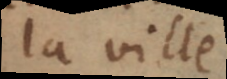
la ville.